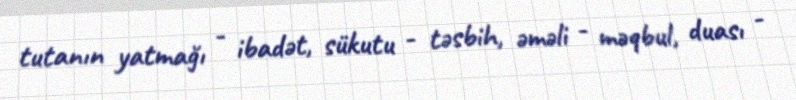
tutanın yatmağı - ibadət, sükutu - təsbih, əməli - məqbul, duası -